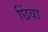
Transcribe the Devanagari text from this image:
छिंवा